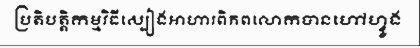
ប្រតិបត្តិកម្មវិធីស្បៀងអាហារពិភពលោកបានហៅហ្វូង